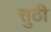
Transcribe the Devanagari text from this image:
सुठी